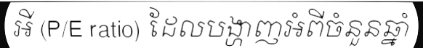
អី (P/E ratio) ដែលបង្ហាញអំពីចំនួនឆ្នាំ